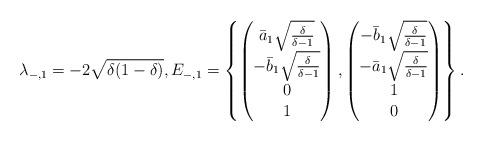
LaTeX: \begin{align*}\lambda_{-,1} = -2 \sqrt{\delta(1-\delta)}, E_{-,1} = \left\{ \begin{pmatrix}\bar{a}_1 \sqrt{\frac{\delta}{\delta-1}} \\ -\bar{b}_1 \sqrt{\frac{\delta}{\delta-1}} \\ 0 \\1\end{pmatrix},\begin{pmatrix}-\bar{b}_1 \sqrt{\frac{\delta}{\delta-1}} \\ -\bar{a}_1 \sqrt{\frac{\delta}{\delta-1}} \\ 1 \\0\end{pmatrix}\right\}.\end{align*}